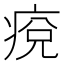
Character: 痥